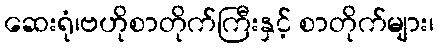
ဆေးရုံ၊ဗဟိုစာတိုက်ကြီးနှင့် စာတိုက်များ၊